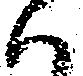
ハ